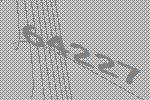
64227